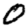
Digit: 0